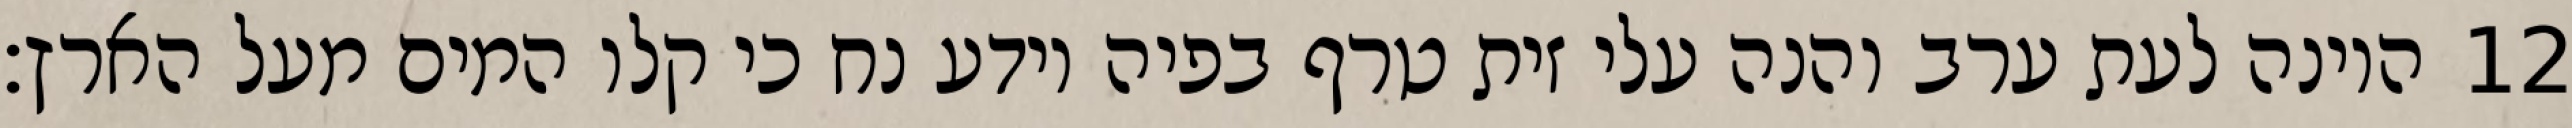
היונה לעת ערב והנה עלי זית טרף בפיה וידע נח כי קלו המים מעל הארץ׃ ‎12‏